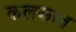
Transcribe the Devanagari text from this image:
कलकत्‍त